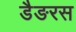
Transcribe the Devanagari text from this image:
डैङरस